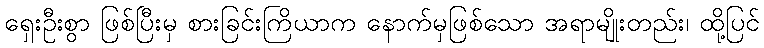
ရှေးဦးစွာ ဖြစ်ပြီးမှ စားခြင်းကြိယာက နောက်မှဖြစ်သော အရာမျိုးတည်း၊ ထို့ပြင်